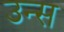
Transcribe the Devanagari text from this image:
उन्स